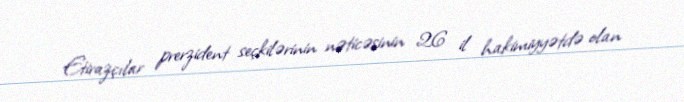
Etirazçılar prerzident seçkilərinin nəticəsinin 26 il hakimiyyətdə olan